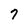
Character: 7